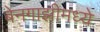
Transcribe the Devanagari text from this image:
बेनगाझीमध्ये